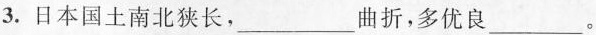
3.日本国土南北狭长，___曲折，多优良___。